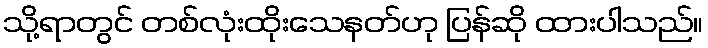
သို့ရာတွင် တစ်လုံးထိုးသေနတ်ဟု ပြန်ဆို ထားပါသည်။